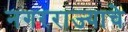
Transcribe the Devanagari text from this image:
नगरराज्याचे